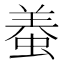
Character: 𧌶